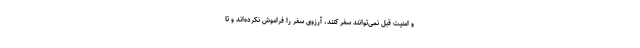
و امنیت قبل نمی‌توانند سفر کنند، آرزوی سفر را فراموش نکرده‌اند و تا